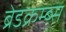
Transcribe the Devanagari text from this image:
ब्रेडक्रम्ब्स